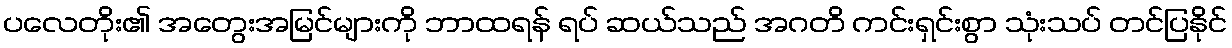
ပလေတိုး၏ အတွေးအမြင်များကို ဘာထရန် ရပ် ဆယ်သည် အဂတိ ကင်းရှင်းစွာ သုံးသပ် တင်ပြနိုင်